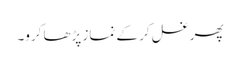
پھر غسل کر کے نماز پڑھا کرو۔